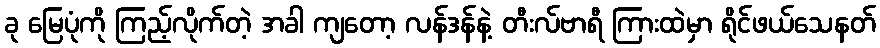
ခု မြေပုံကို ကြည့်လိုက်တဲ့ အခါ ကျတော့ လန်ဒန်နဲ့ တီးလ်ဗာရီ ကြားထဲမှာ ရိုင်ဖယ်သေနတ်